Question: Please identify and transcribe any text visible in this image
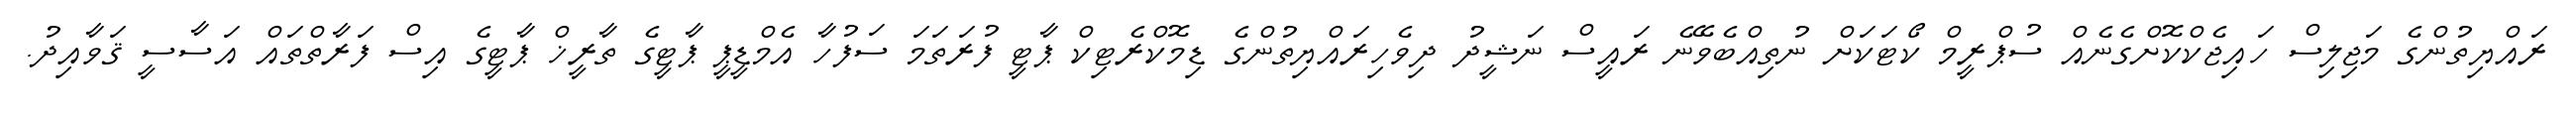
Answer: ރައްޔިތުންގެ މަޖިލިސް ހައިޖެކްކޮށްގެނެއް ސުޕްރީމް ކޯޓަކަށް ނުތިއްބެވޭނެ ރައީސް ނަޝީދު ދިވެހިރައްޔިތުންގެ ޑިމޮކްރެޓިކް ޕާޓީ ފުރަތަމަ ސަފުހާ އެމްޑީޕީ ޕާޓީގެ ތާރީޚް ޕާޓީގެ އިސް ފަރާތްތައް އަސާސީ ޤަވާއިދު.